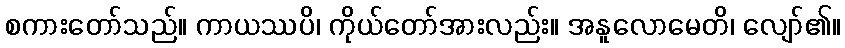
စကားတော်သည်။ ကာယဿပိ၊ ကိုယ်တော်အားလည်း။ အနူလောမေတိ၊ လျော်၏။